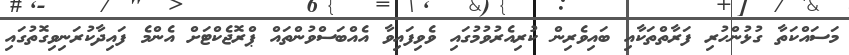
މަސައްކަތާ ގުޅުންހުރި ފަރާތްތަކާއި ބައިވެރިން ކުރިއެރުވުމުގައި ވެވިފައިވާ އެއްބަސްވުންތައް ޕްރޮޖެކްޓަށް އެންމެ ފައިދާކުރަނިވިގޮތުގައި